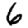
Digit: 6